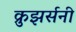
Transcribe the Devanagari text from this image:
क्रुझर्सनी